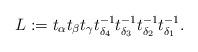
LaTeX: \begin{align*}L:=t_{\alpha}t_{\beta}t_{\gamma}t_{\delta_4}^{-1}t_{\delta_3}^{-1}t_{\delta_2}^{-1}t_{\delta_1}^{-1}. \end{align*}